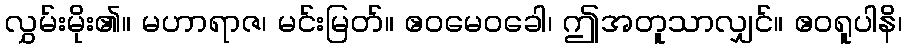
လွှမ်းမိုး၏။ မဟာရာဇ၊ မင်းမြတ်။ ဧဝမေဝခေါ၊ ဤအတူသာလျှင်။ ဧဝရူပါနိ၊